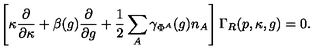
\left[ \kappa \frac { \partial } { \partial \kappa } + \beta ( g ) \frac { \partial } { \partial g } + \frac { 1 } { 2 } \sum _ { A } \gamma _ { \Phi ^ { A } } ( g ) n _ { A } \right] \Gamma _ { R } ( p , \kappa , g ) = 0 .